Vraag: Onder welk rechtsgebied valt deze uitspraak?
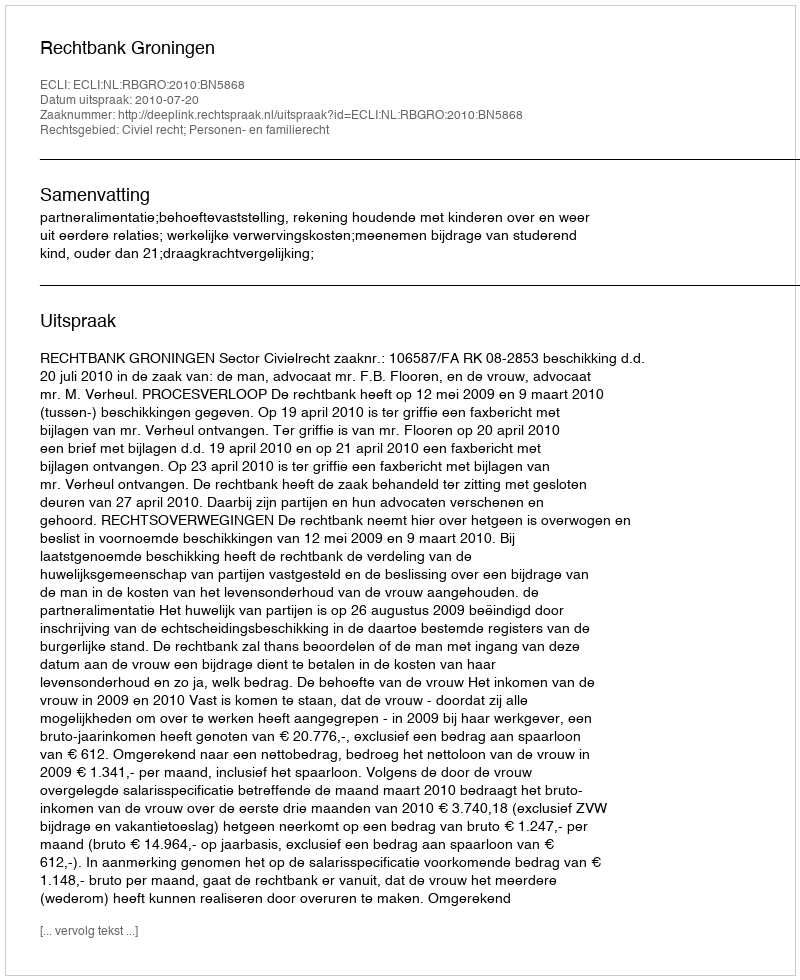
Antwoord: Civiel recht; Personen- en familierecht